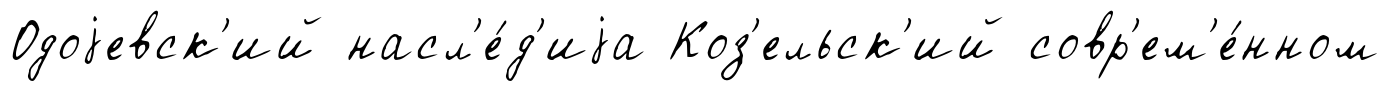
Одоjевск'ий насл'е́д'иjа Коз'ельск'ий совр'ем'е́нном